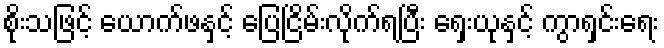
စိုးသဖြင့် ယောက်ဖနှင့် ပြေငြိမ်းလိုက်ရပြီး ရှေးယုနှင့် ကွာရှင်းရေး